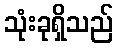
သုံးခုရှိသည်